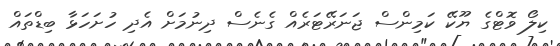
ކިލޯ ވޮޓްގެ ޔޫކޭ ކަމިންސް ޖަނަރޭޓަރެއް ގެނެސް ދިނުމަށް އެދި ހުށަހަޅާ ބިޑްތައް